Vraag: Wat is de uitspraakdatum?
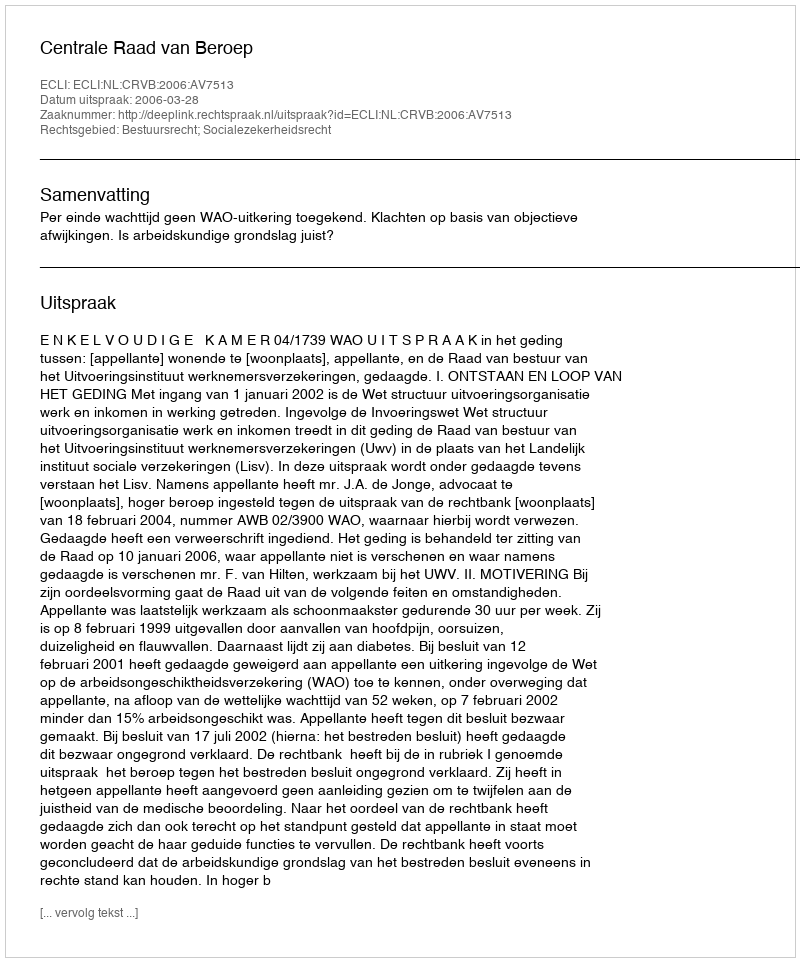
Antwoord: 2006-03-28